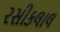
રસીકલાલ